Annual report on the working of the mental hospitals in the Madras Presidency - 1912-1932
Year: 1912
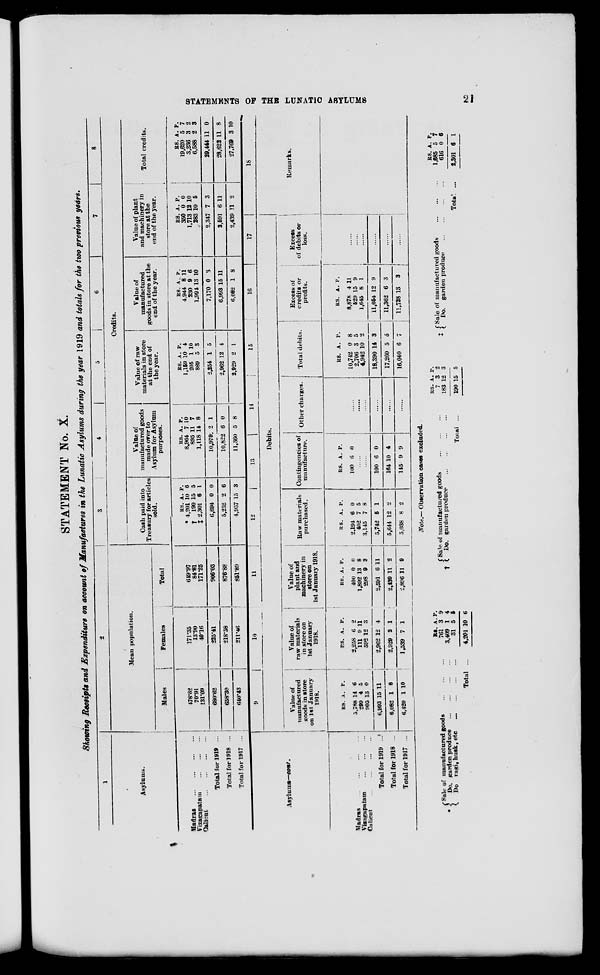
STATEMENTS OF THE LUNATIC ASYLUMS
21
STATEMENT No. X.
Showing Receipts and Expenditure on account of Manufactures in the Lunatic Asylums during the year 1919 and totals for the two previous years.
1
Asylums.
Madras
...
...
...
...
Vizagapatam
...
...
...
Calicut
...
...
...
...
Total for 1919 ...
Total for 1918 ...
Total for 1917 ...
2
Mean population.
Males
478.62
70.91
131.09
680.62
658.30
640.43
Females
171.35
13.90
40.16
225.41
218.58
211.46
Total
649.97
84.81
171.25
906.03
876.88
851.89
3
4
5
6
7
8
Credits.
Cash paid into
Treasury for articles
sold.
RS.
*4,201
† 190
‡ 2,301
6,694
5,252
4,957
A.
10
15
6
0
2
15
P.
6
5
1
0
6
3
Value of
manufactured goods
made over to
Asylum for Asylum
purposes.
RS.
8,964
895
1,118
10,979
10,822
11,360
A.
7
11
14
2
6
5
P.
10
7
8
1
0
8
Value of raw
materials in store
at the end of
the year.
RS.
1,159
205
889
2,254
2,962
2,929
A.
10
1
5
1
12
2
P.
4
10
3
5
4
1
Value of
manufactured
goods in store at the
end of the year.
RS.
4,944
230
1,994
7,170
6,993
6,082
A.
8
9
13
0
15
1
P.
11
6
10
3
11
8
Value of plant
and machinery in
store at the
end of the year.
RS.
350
1,713
283
2,347
2,591
2,439
A.
0
12
10
7
6
11
P.
0
10
5
3
11
2
Total credits.
RS.
19,620
3,236
6,588
29,444
28,622
27,769
A.
5
3
2
11
11
3
P.
7
2
3
0
8
10
Asylums—cont.
Madras ... ... ... ...
Vizagapatam
...
...
...
Calicut
...
...
...
...
Total for 1919 ...
Total for 1918 ...
Total for 1917 ...
9
10
11
12
13
14
15
16
17
Debits.
Value of
manufactured
goods in store
on 1st January
1918.
RS.
5,788
299
905
6,993
6,082
6,420
A.
14
4
13
15
1
1
P.
6
5
0
11
8
10
Value of
raw materials
in store on
1st January
1918.
RS.
2,258
111
592
2,962
2,929
1,539
A.
6
9
12
12
2
7
P.
2
11
3
4
1
1
Value of
plant and
machinery in
store on
1st January 1918.
RS.
400
1,892
298
2,591
2,439
2,896
A.
0
13
9
6
11
11
P.
0
8
3
11
2
9
Raw materials
purchased.
RS.
2,194
402
3,145
5,742
5,644
5,038
A
6
7
7
5
12
8
. P.
0
5
8
1
2
2
Contingencies of
manufacture.
RS.
100
A.
6
P.
0
...
...
100
164
145
6
10
9
0
4
9
Other charges.
......
......
......
......
......
......
Total debits.
RS.
10,742
2,706
4,942
18,390
17,260
16,040
A.
0
3
10
14
5
6
P.
8
5
2
3
5
7
Excess of
credits or
profits.
RS.
8,878
529
1,645
11,054
11,362
11,728
A.
4
15
8
12
6
13
P.
11
9
1
9
3
3
Excess
of debits or
loss.
......
......
......
......
......
18
Remarks.
Note.— Observation cases excluded.
*
Sale of manufactured goods
...
...
...
Do. garden produce
...
...
...
Do ragi, husk, etc
...
...
...
...
Total ...
RS.
761
3,409
31
4,201
A.
3
1
5
10
P.
9
4
6
6
†
Sale of manufactured goods ... ... ... ...
Do. garden produce
...
...
...
...
Total
...
RS.
7
183
190
A.
3
12
15
P.
2
3
5
‡ Sale of manufactured goods
...
...
...
Do. garden produce
...
...
...
...
Total. ...
RS.
1,685
616
2,301
A.
5
0
6
P.
7
6
1